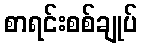
စာရင်းစစ်ချုပ်